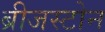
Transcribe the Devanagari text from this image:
ब्रीजस्टोन